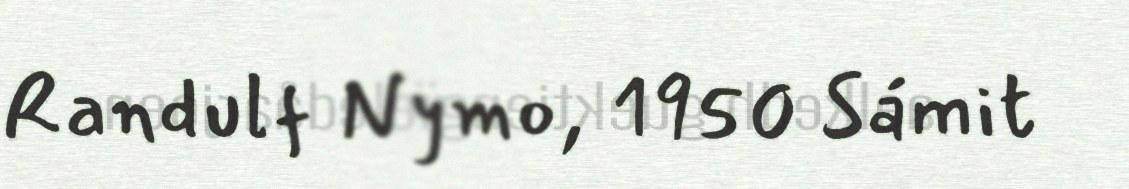
Randulf Nymo, 1950 Sámit